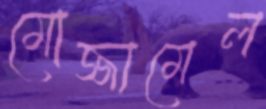
মোজ্জামেল